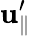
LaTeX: \mathbf{u}_{\parallel}^{\prime}